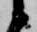
候